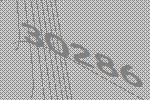
30286